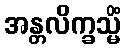
အန္တလိက္ခသ္မိံ